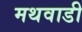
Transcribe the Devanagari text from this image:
मथवाडी